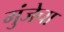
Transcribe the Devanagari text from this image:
गुंजेचा